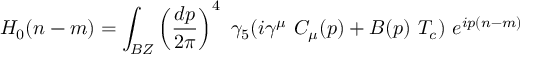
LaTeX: H _ { 0 } ( n - m ) = \int _ { B Z } \left( { \frac { d p } { 2 \pi } } \right) ^ { 4 } \ \gamma _ { 5 } ( i \gamma ^ { \mu } \ C _ { \mu } ( p ) + B ( p ) \ T _ { c } ) \ e ^ { i p ( n - m ) }